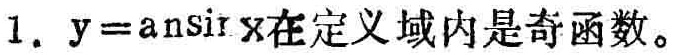
$1.\ y = \arcsin x在定义域内是奇函数。$